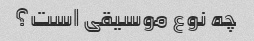
چه نوع موسیقی است؟